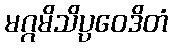
မဂ္ဂမိသိပ္ပဝေဒိတံ